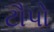
ટૌપો